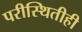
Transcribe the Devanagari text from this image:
परीस्थितीही